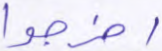
اخرجوا